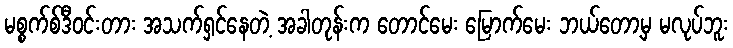
မစ္စက်စ်ဒီဝင်းတား အသက်ရှင်နေတဲ့ အခါတုန်းက တောင်မေး မြောက်မေး ဘယ်တော့မှ မလုပ်ဘူး